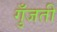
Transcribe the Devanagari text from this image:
गुँजती